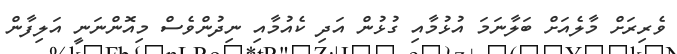
ވެރިރަށް މާލެއަށް ބަލާނަމަ އުޅުމާއި ގުޅުން އަދި ކެއުމާއި ނިދުންވެސް މިއޮންނަނީ އަލިފާން